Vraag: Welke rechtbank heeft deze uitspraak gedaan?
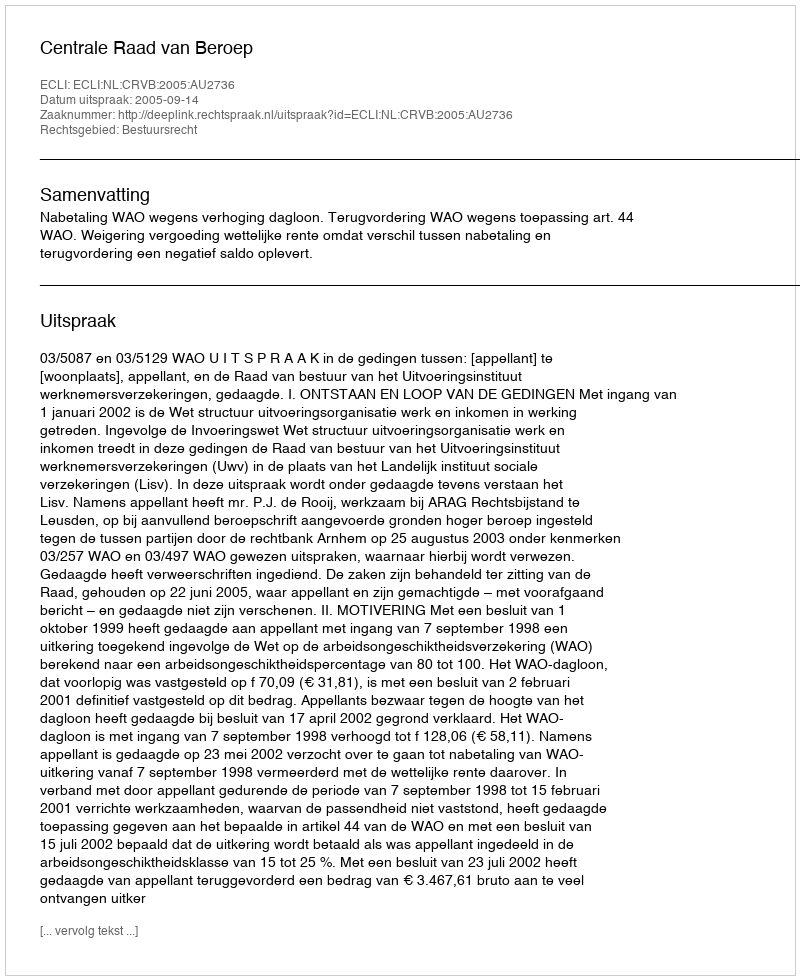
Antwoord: Centrale Raad van Beroep